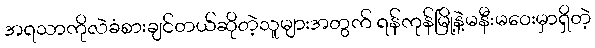
အရသာကိုလဲခံစားချင်တယ်ဆိုတဲ့သူများအတွက် ရန်ကုန်မြို့နဲ့မနီးမဝေးမှာရှိတဲ့